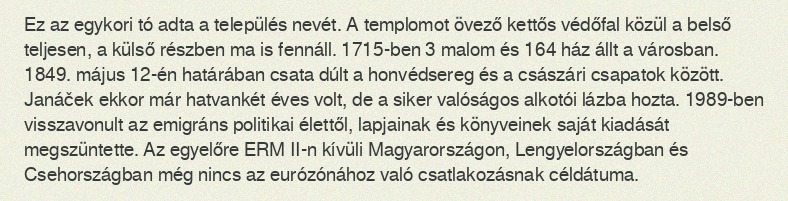
Ez az egykori tó adta a település nevét. A templomot övező kettős védőfal közül a belső teljesen, a külső részben ma is fennáll. 1715-ben 3 malom és 164 ház állt a városban. 1849. május 12-én határában csata dúlt a honvédsereg és a császári csapatok között. Janáček ekkor már hatvankét éves volt, de a siker valóságos alkotói lázba hozta. 1989-ben visszavonult az emigráns politikai élettől, lapjainak és könyveinek saját kiadását megszüntette. Az egyelőre ERM II-n kívüli Magyarországon, Lengyelországban és Csehországban még nincs az eurózónához való csatlakozásnak céldátuma.